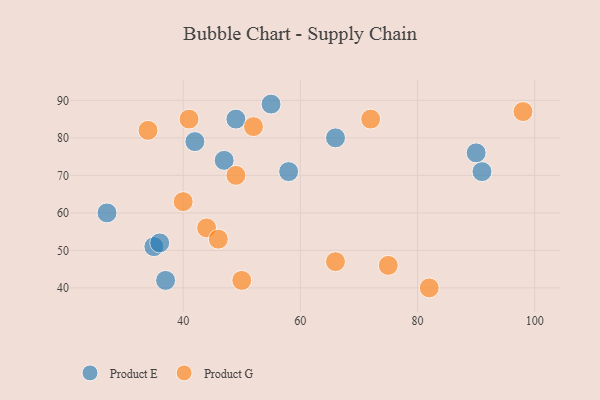
{"axis": {"x": "GDP", "y": "Life Expectancy"}, "legend": ["Product E", "Product G"], "data": [{"x": "49", "y": 85, "type": "Product E"}, {"x": "91", "y": 71, "type": "Product E"}, {"x": "27", "y": 60, "type": "Product E"}, {"x": "90", "y": 76, "type": "Product E"}, {"x": "55", "y": 89, "type": "Product E"}, {"x": "42", "y": 79, "type": "Product E"}, {"x": "35", "y": 51, "type": "Product E"}, {"x": "36", "y": 52, "type": "Product E"}, {"x": "66", "y": 80, "type": "Product E"}, {"x": "58", "y": 71, "type": "Product E"}, {"x": "37", "y": 42, "type": "Product E"}, {"x": "47", "y": 74, "type": "Product E"}, {"x": "72", "y": 85, "type": "Product G"}, {"x": "44", "y": 56, "type": "Product G"}, {"x": "66", "y": 47, "type": "Product G"}, {"x": "52", "y": 83, "type": "Product G"}, {"x": "75", "y": 46, "type": "Product G"}, {"x": "49", "y": 70, "type": "Product G"}, {"x": "34", "y": 82, "type": "Product G"}, {"x": "41", "y": 85, "type": "Product G"}, {"x": "50", "y": 42, "type": "Product G"}, {"x": "40", "y": 63, "type": "Product G"}, {"x": "46", "y": 53, "type": "Product G"}, {"x": "98", "y": 87, "type": "Product G"}, {"x": "82", "y": 40, "type": "Product G"}]}